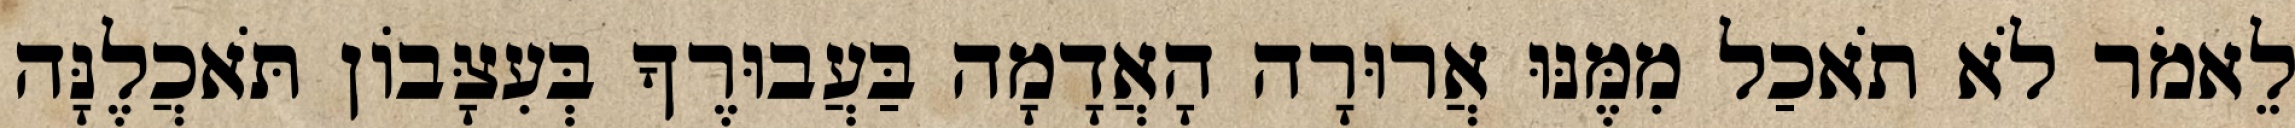
לֵאמֹר לֹא תֹאכַל מִמֶּנּוּ אֲרוּרָה הָאֲדָמָה בַּעֲבוּרֶךָ בְּעִצָּבֹון תֹּאכֲלֶנָּה